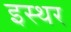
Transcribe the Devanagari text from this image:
इस्थर